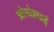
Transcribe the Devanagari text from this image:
च्रोनोग्रफई